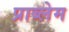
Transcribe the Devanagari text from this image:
प्राब्लेम